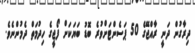
ދިރާގުން ދަނީ ރާއްޖޭގެ 50 ޕަސެންޓަށްވުރެ ބޮޑު ބަޔަކަށް ފޯޖީގެ ހިދުމަތް ދެމުންނެވެ.